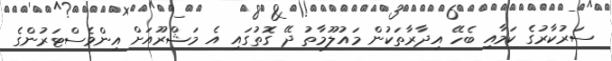
ސަރުކާރުގެ ކަމާއި ބެހޭ އިދާރާތަކުން މައުލޫމާތު ދޭ ގޮތުގައި އެ މަޝްރޫއަށް އިންވެސްޓަރުންގެ